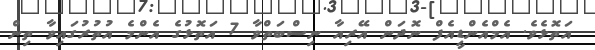
އަތޮޅެވެ. އެމްއެންޑީއެފް ނޮދަން އޭރިއާ ނިސްބަތްވާ 7 އަތޮޅުގެ އެންމެ އުތުރުގައިވާ ތިން